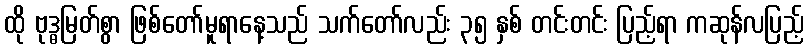
ထို ဗုဒ္ဓမြတ်စွာ ဖြစ်တော်မူရာနေ့သည် သက်တော်လည်း ၃၅ နှစ် တင်းတင်း ပြည့်ရာ ကဆုန်လပြည့်